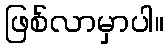
ဖြစ်လာမှာပါ။